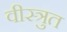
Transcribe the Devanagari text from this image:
वीस्त्रुत